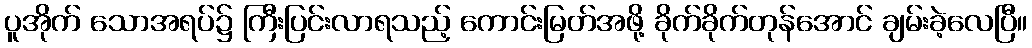
ပူအိုက် သောအရပ်၌ ကြီးပြင်းလာရသည့် ကောင်းမြတ်အဖို့ ခိုက်ခိုက်တုန်အောင် ချမ်းခဲ့လေပြီ။